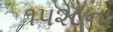
૧૫૨૮ના